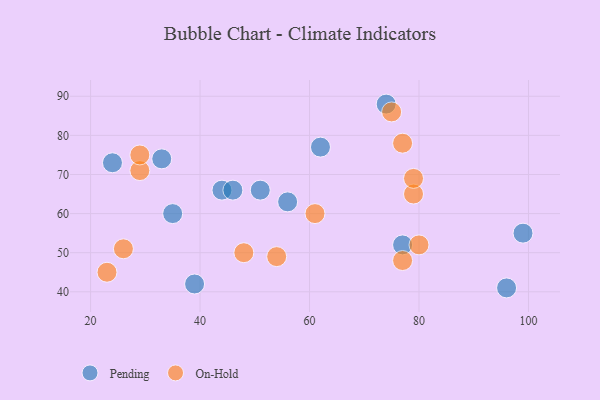
{"axis": {"x": "GDP", "y": "Life Expectancy"}, "legend": ["On-Hold", "Pending"], "data": [{"x": "35", "y": 60, "type": "Pending"}, {"x": "96", "y": 41, "type": "Pending"}, {"x": "74", "y": 88, "type": "Pending"}, {"x": "44", "y": 66, "type": "Pending"}, {"x": "39", "y": 42, "type": "Pending"}, {"x": "99", "y": 55, "type": "Pending"}, {"x": "33", "y": 74, "type": "Pending"}, {"x": "24", "y": 73, "type": "Pending"}, {"x": "51", "y": 66, "type": "Pending"}, {"x": "46", "y": 66, "type": "Pending"}, {"x": "62", "y": 77, "type": "Pending"}, {"x": "77", "y": 52, "type": "Pending"}, {"x": "56", "y": 63, "type": "Pending"}, {"x": "79", "y": 65, "type": "On-Hold"}, {"x": "54", "y": 49, "type": "On-Hold"}, {"x": "79", "y": 69, "type": "On-Hold"}, {"x": "77", "y": 48, "type": "On-Hold"}, {"x": "61", "y": 60, "type": "On-Hold"}, {"x": "80", "y": 52, "type": "On-Hold"}, {"x": "23", "y": 45, "type": "On-Hold"}, {"x": "77", "y": 78, "type": "On-Hold"}, {"x": "26", "y": 51, "type": "On-Hold"}, {"x": "48", "y": 50, "type": "On-Hold"}, {"x": "29", "y": 71, "type": "On-Hold"}, {"x": "75", "y": 86, "type": "On-Hold"}, {"x": "29", "y": 75, "type": "On-Hold"}]}